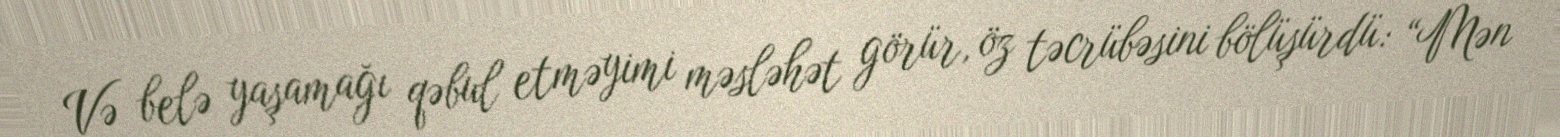
Və belə yaşamağı qəbul etməyimi məsləhət görür, öz təcrübəsini bölüşürdü: “Mən